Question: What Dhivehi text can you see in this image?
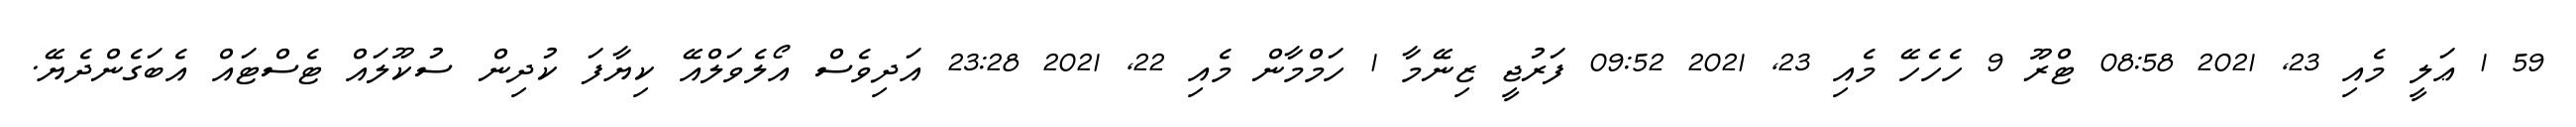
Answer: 59 1 ޢަލީ މެއި 23, 2021 08:58 ޓްރޫ 9 ހެހެހޭ މެއި 23, 2021 09:52 ފަރުޖީ ޒިނޭމާ 1 ހަމްމާން މެއި 22, 2021 23:28 އަދިވެސް އޯލެވަލްއޭ ކިޔާފަ ކުދިން ސުކޫލައް ޓެސްޓައް އެބަގެންދެޔޭ.